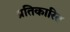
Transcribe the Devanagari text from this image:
प्रतिकारित